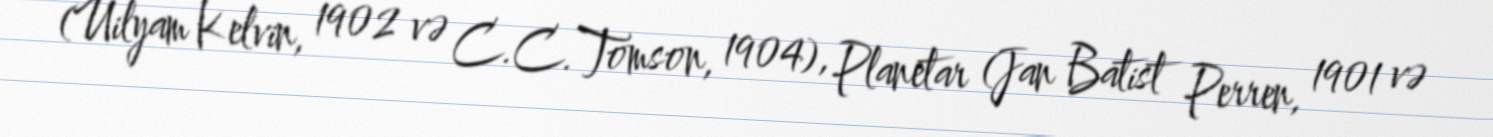
(Uilyam Kelvin, 1902 və C.C.Tomson, 1904), Planetar (Jan Batist Perren, 1901 və